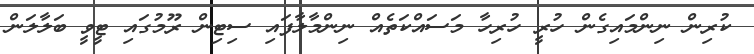
ކުރިން ނިންމައިގެން ހުރީ ހުރިހާ މަސައްކަތެއް ނިންމާލާފައި ސިޓިން ރޫމުގައި ޓީވީ ބަލާލަން